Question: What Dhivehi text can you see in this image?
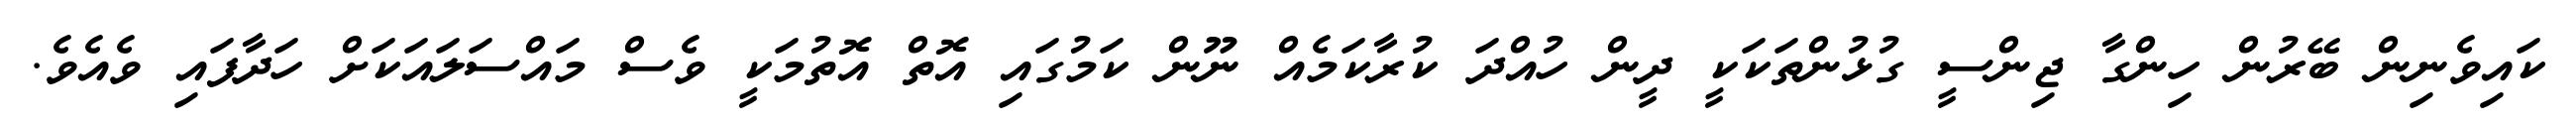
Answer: ކައިވެނިން ބޭރުން ހިންގާ ޖިންސީ ގުޅުންތަކަކީ ދީން ހުއްދަ ކުރާކަމެއް ނޫން ކަމުގައި އޮތް އޮތުމަކީ ވެސް މައްސަލައަކަށް ހަދާފައި ވެއެވެ.